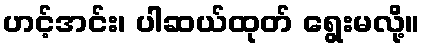
ဟင့်အင်း၊ ပါဆယ်ထုတ် ရွေးမလို့။